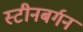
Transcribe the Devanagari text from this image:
स्टीनबर्गन